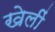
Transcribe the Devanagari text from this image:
खेलीं